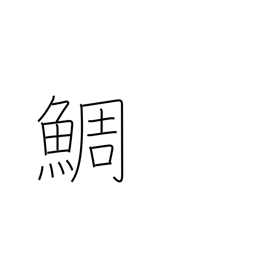
Meaning: red snapper